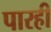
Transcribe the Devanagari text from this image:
पारही